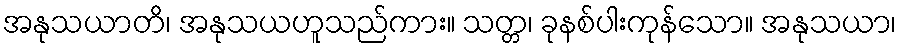
အနုသယာတိ၊ အနုသယဟူသည်ကား။ သတ္တ၊ ခုနစ်ပါးကုန်သော။ အနုသယာ၊